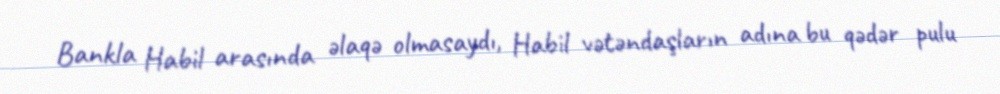
Bankla Habil arasında əlaqə olmasaydı, Habil vətəndaşların adına bu qədər pulu